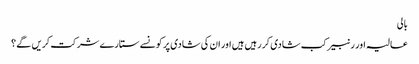
بالی
عالیہ اور رنبیر کب شادی کر رہیں ہیں اور ان کی شادی پر کونسے ستارے شرکت کریں گے ؟